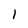
Character: 1